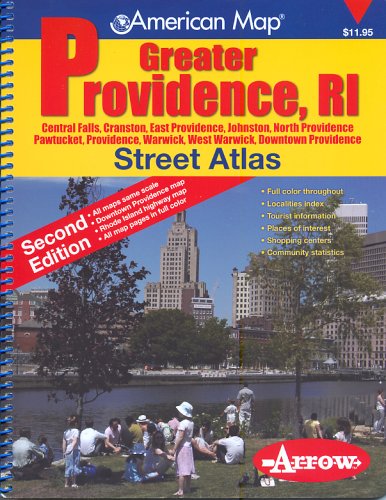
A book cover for American Map Greater Providence, RI Street Atlas: Central Falls, Cranston, East Providence, Johnston, North Providence, Pawtucket, Providence, Warwick, West Warwick, Downtown Providence; Travel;